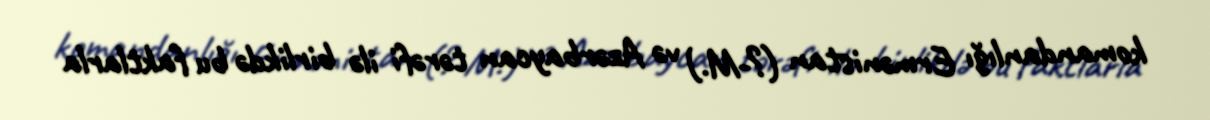
komandanlığı Ermənistan (?-M.) və Azərbaycan tərəfi ilə birlikdə bu faktlarla